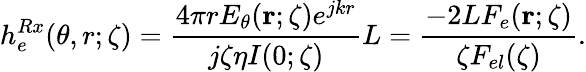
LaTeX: h_{e}^{Rx}(\theta,r;\zeta)=\frac{4\pi rE_{\theta}({\mathbf r};\zeta)e^{jkr}}{j\zeta\eta I(0;\zeta)}L=\frac{-2LF_{e}({\mathbf r};\zeta)}{\zeta F_{el}(\zeta)}.